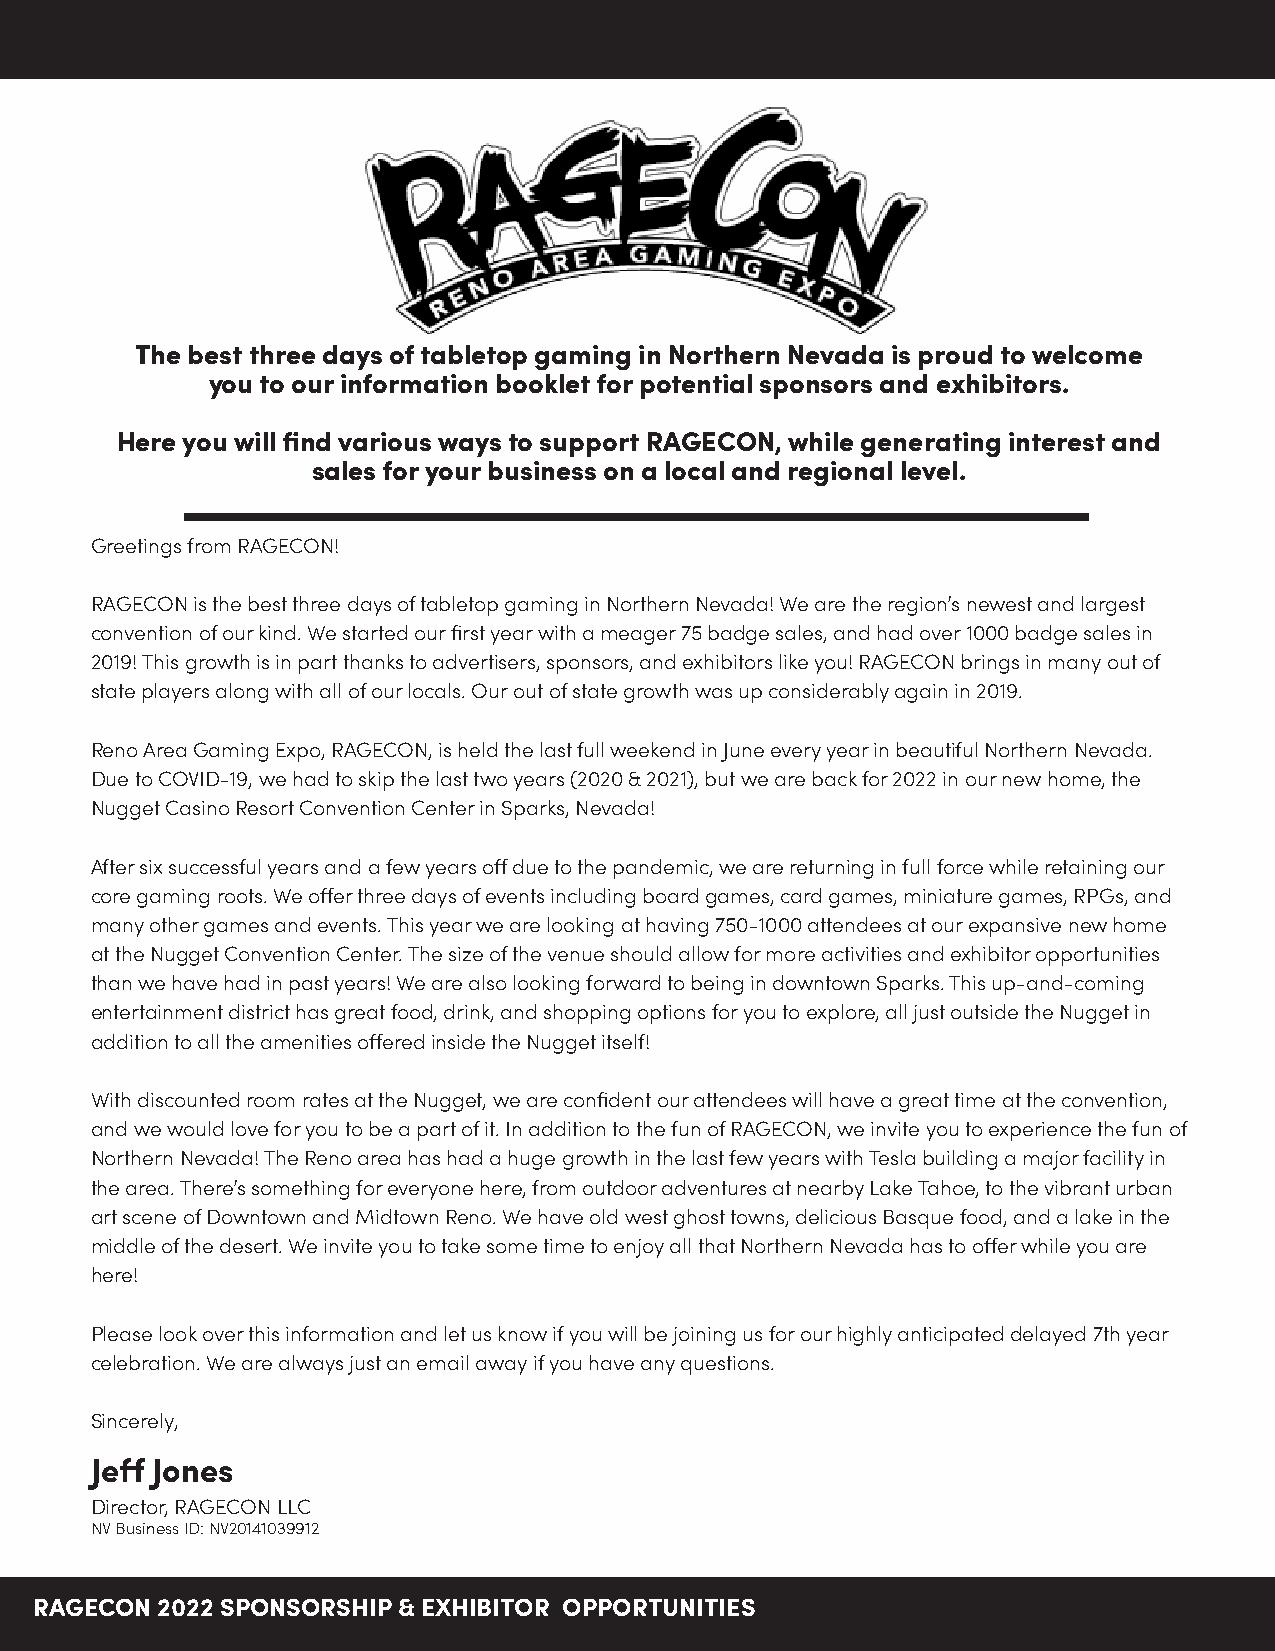
The best three days of tabletop gaming in Northern Nevada is proud to welcome
 you to our information booklet for potential sponsors and exhibitors.
 Here you will find various ways to support RAGECON, while generating interest and
 sales for your business on a local and regional level.
 Greetings from RAGECON!
 RAGECON is the best three days of tabletop gaming in Northern Nevada! We are the region’s newest and largest
 convention of our kind. We started our first year with a meager 75 badge sales, and had over 1000 badge sales in
 2019! This growth is in part thanks to advertisers, sponsors, and exhibitors like you! RAGECON brings in many out of
 state players along with all of our locals. Our out of state growth was up considerably again in 2019.
 Reno Area Gaming Expo, RAGECON, is held the last full weekend in June every year in beautiful Northern Nevada.
 Due to COVID-19, we had to skip the last two years (2020 & 2021), but we are back for 2022 in our new home, the
 Nugget Casino Resort Convention Center in Sparks, Nevada!
 After six successful years and a few years off due to the pandemic, we are returning in full force while retaining our
 core gaming roots. We offer three days of events including board games, card games, miniature games, RPGs, and
 many other games and events. This year we are looking at having 750-1000 attendees at our expansive new home
 at the Nugget Convention Center. The size of the venue should allow for more activities and exhibitor opportunities
 than we have had in past years! We are also looking forward to being in downtown Sparks. This up-and-coming
 entertainment district has great food, drink, and shopping options for you to explore, all just outside the Nugget in
 addition to all the amenities offered inside the Nugget itself!
 With discounted room rates at the Nugget, we are confident our attendees will have a great time at the convention,
 and we would love for you to be a part of it. In addition to the fun of RAGECON, we invite you to experience the fun of
 Northern Nevada! The Reno area has had a huge growth in the last few years with Tesla building a major facility in
 the area. There’s something for everyone here, from outdoor adventures at nearby Lake Tahoe, to the vibrant urban
 art scene of Downtown and Midtown Reno. We have old west ghost towns, delicious Basque food, and a lake in the
 middle of the desert. We invite you to take some time to enjoy all that Northern Nevada has to offer while you are
 here!
 Please look over this information and let us know if you will be joining us for our highly anticipated delayed 7th year
 celebration. We are always just an email away if you have any questions.
 Sincerely,
 Jeff Jones
 Director, RAGECON LLC
 NV Business ID: NV20141039912
 RAGECON 2022 SPONSORSHIP & EXHIBITOR OPPORTUNITIES